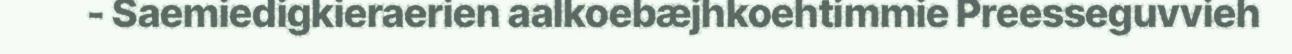
- Saemiedigkieraerien aalkoebæjhkoehtimmie Preesseguvvieh